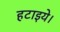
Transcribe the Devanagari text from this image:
हटाइये।